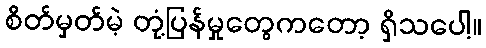
စိတ်မှတ်မဲ့ တုံ့ပြန်မှုတွေကတော့ ရှိသပေါ့။